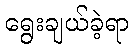
ရွေးချယ်ခဲ့ရာ